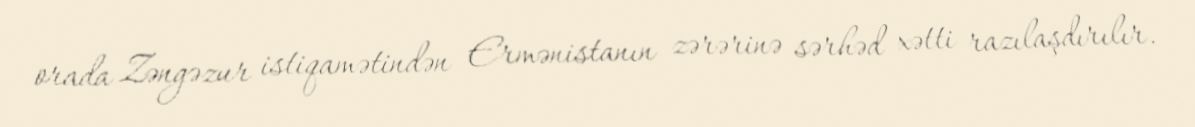
orada Zəngəzur istiqamətindən Ermənistanın zərərinə sərhəd xətti razılaşdırılır.